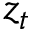
z _ { t }